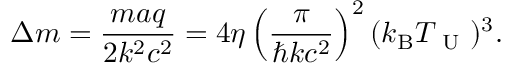
\Delta m = \frac { m a q } { 2 k ^ { 2 } c ^ { 2 } } = 4 \eta \left( \frac { \pi } { \hbar k c ^ { 2 } } \right) ^ { 2 } ( k _ { \mathrm { B } } T _ { \mathrm { ~ U ~ } } ) ^ { 3 } .